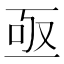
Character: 亟